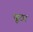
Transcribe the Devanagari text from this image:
पूठा